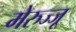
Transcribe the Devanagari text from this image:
मेरुज्जू